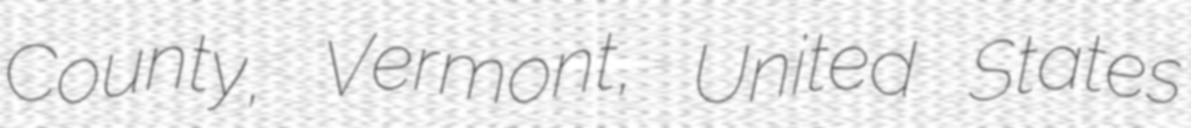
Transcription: County, Vermont, United States